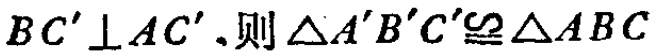
$BC'\perp AC',则\triangle A'B'C'\cong\triangle ABC$